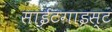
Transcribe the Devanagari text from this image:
साईटगाइस्ट